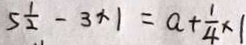
5 \frac { 1 } { 2 } - 3 \times 1 = a + \frac { 1 } { 4 } \times 1